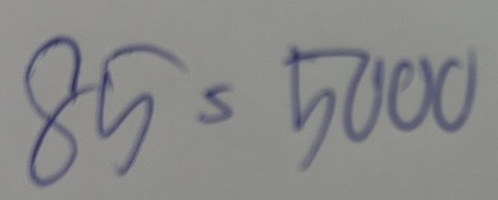
85 = 5000